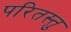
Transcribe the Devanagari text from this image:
परितस्तु